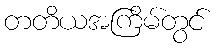
တတိယအကြိမ်တွင်